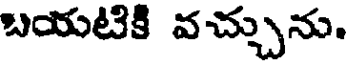
బయటికి వచ్చును.